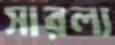
সারল্য